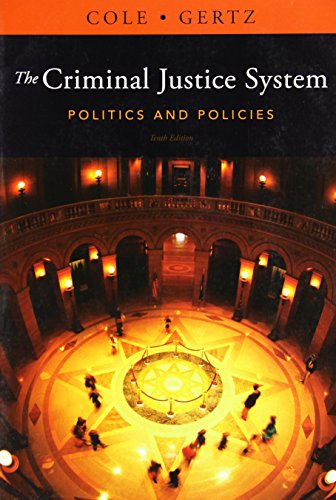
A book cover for The Criminal Justice System: Politics and Policies; George F. Cole; Law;